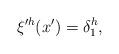
LaTeX: \begin{align*}\xi'^h(x')=\delta_1^h,\end{align*}